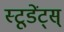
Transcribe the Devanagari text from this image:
स्टूडेंट्स्